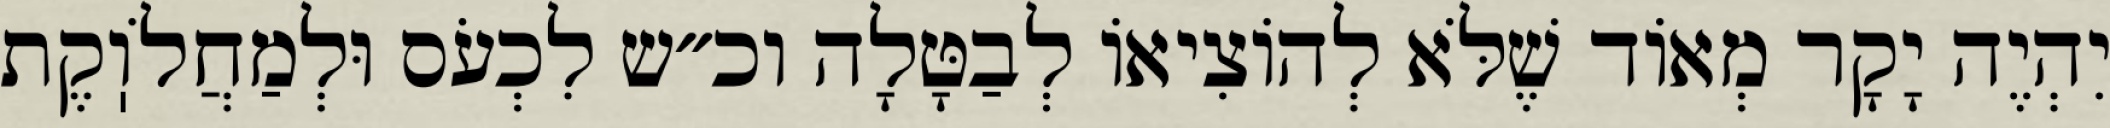
יִהְיֶה יָקָר מְאוֹד שֶׁלֹּא לְהוֹצִיאוֹ לְבַטָּלָה וכ״ש לִכְעֹס וּלְמַחֲלֹוֽקֶת